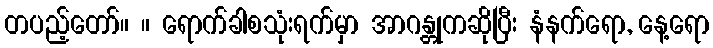
တပည့်တော်။ ။ ရောက်ခါစသုံးရက်မှာ အာဂန္တုကဆိုပြီး နံနက်ရော, နေ့ရော